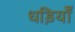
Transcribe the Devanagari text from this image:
धड़ियाँ